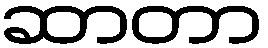
ဆာတာ